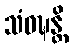
သံဝဍ္ဎန္တိ